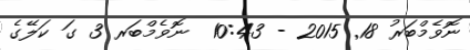
ނޮވެމްބަރު 18